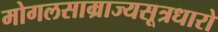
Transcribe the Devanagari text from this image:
मोगलसाम्राज्यसूत्रधारो